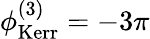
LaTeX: \phi_{\mathrm{Kerr}}^{(3)}=-3\pi